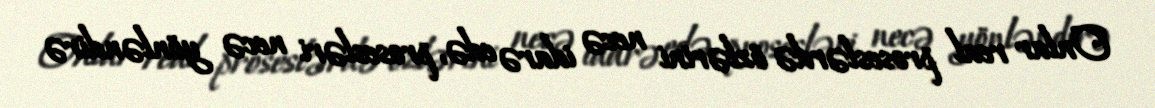
Onlar real proseslərdə özlərini necə idarə edə, prosesləri necə yönləndirə